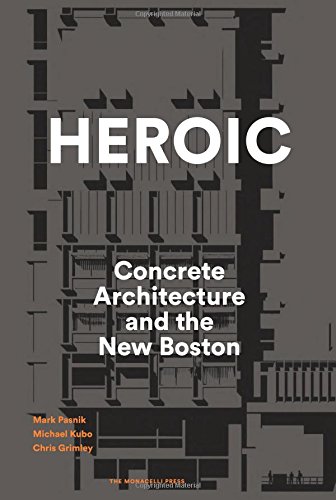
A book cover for Heroic: Concrete Architecture and the New Boston; Mark Pasnik; Arts & Photography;